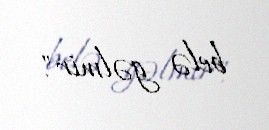
belə gəlmir".